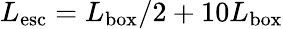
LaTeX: L_{\mathrm{esc}}=L_{\mathrm{box}}/2+10L_{\mathrm{box}}